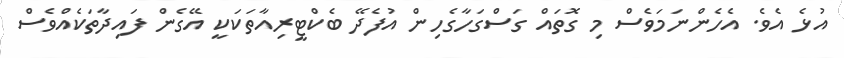
އުޅެ އެވެ. އެހެންނަމަވެސް މި ގޮތައް ގަސްގަހާގެހިން އުފެދޭ ބެކްޓީރިއާތަކަކީ އޭގެން ފައިދާތަކެއްވެސް